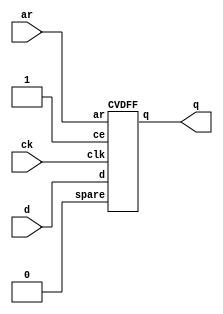
// Vanilla gates - cvgates.cv
//
// ++++++++++++++++++++++++++++++++++++++++++++++++++++++++++++++++++
// +  Verilog Source File
// ++++++++++++++++++++++++++++++++++++++++++++++++++++++++++++++++++
// +
// +  (C) 1995-2015 DJ Greaves.
// +  HPR L/S
// +  University of Cambridge, Computer Laboratory.
// +  Cambridge, UK.
// +  
// ++++++++++++++++++++++++++++++++++++++++++++++++++++++++++++++++++
// +
// +    
// + This file contains:
// +
// +   Leaf gates for CBG CSYN Verilog Compiler Version cv2 and HPR L/S library.
// +
// +
// ++++++++++++++++++++++++++++++++++++++++++++++++++++++++++++++++++
//

// library cvgates.cv


module DFF_AR(q, ck, d, ar);
  output q;
  input ck, d, ar;
  CVDFF dff(q, d, ck, 1'd1, ar, 1'b0);
 
endmodule

module DFF_CEAR(q, ck, d, ce, ar);
  output q;
  input ck, d, ar, ce;
  CVDFF dff(q, d, ck, ce, ar, 1'd0);
endmodule


/* primitive celldefine */ module CVMUX2(o, sel, e1, e0); 
  output o;
  input sel, e1, e0;
  assign #5 o = (sel) ? e1 : e0;
endmodule

/* primitive celldefine */ module CVDFF(q, d, clk, ce, ar, spare);
  output q;
  reg q;
  initial q = 0;
  input clk;         // Clock (positive edge triggered)
  input d;           // Data input
  input ce;          // Clock enable
  input ar;          // Asynchronous reset
  input spare;


  integer last_d;
  integer last_clk;

  always @(posedge clk or posedge ar) 
	if (ar) q <= #10 0; 
	else if (ce)
		begin
		if ($time - last_d < 5)
			$display("Time %t, DFF %m violated set-up time", $time);
		last_clk = $time;
		q <= #10 (d & 1);
		end 

  always @(d) 
	begin
	last_d = $time;
	if ($time - last_clk < 4)
		$display("Time %t, DFF %m violated hold time", $time);
	end

endmodule 
//
//------------------------------------------------
//
/* primitive celldefine */ module CVXOR2(o, i1,i2);
  input i1, i2;
  output o;
  assign #3 o = i1 != i2;
endmodule

/* primitive celldefine */ module CVXOR3(o, i1,i2,i3);
  input i1, i2, i3;
  output o;
  assign #2 o = (i1 != i2) != i3;
endmodule

/* primitive celldefine */ module CVXOR4(o, i1,i2,i3,i4);
  input i1, i2, i3, i4;
  output o;
  assign #2 o = (i1 != i2) != (i3 != i4);
endmodule

//
//
//------------------------------------------------
/* primitive celldefine */ module CVAND2(o, i1,i2);
  input i1, i2;
  output o;
  assign #2 o = i1 & i2;
endmodule

/* primitive celldefine */ module CVAND3(o, i1,i2,i3);
  input i1, i2, i3;
  output o;
  assign #2 o = i1 & i2 & i3;
endmodule

/* primitive celldefine */ module CVAND4(o, i1,i2,i3,i4);
  input i1, i2, i3, i4;
  output o;
  assign #2 o = i1 & i2 & i3 & i4;
endmodule

/* primitive celldefine */ module CVAND5(o, i1,i2,i3,i4,i5);
  input i1, i2, i3, i4,i5;
  output o;
  assign #2 o = i1 & i2 & i3 & i4 & i5;
endmodule
//
//------------------------------------------------
/* primitive celldefine */ module CVOR2(o, i1,i2);
  input i1, i2;
  output o;
  assign #2 o = i1 | i2;
endmodule


/* primitive celldefine */ module CVOR3(o, i1,i2,i3);
  input i1, i2, i3;
  output o;
  assign #2 o = i1 | i2 | i3;
endmodule

/* primitive celldefine */ module CVOR4(o, i1,i2,i3,i4);
  input i1, i2, i3, i4;
  output o;
  assign #2 o = i1 | i2 | i3 | i4;
endmodule

/* primitive celldefine */ module CVOR5(o, i1,i2,i3,i4,i5);
  input i1, i2, i3, i4, i5;
  output o;
  assign #2 o = i1 | i2 | i3 | i4 | i5;
endmodule
//
//
//
//------------------------------------------------

/* primitive celldefine */ module CVBUF(o, i);
  output o;
  input i;
  assign #2 o = i;
endmodule

/* primitive celldefine */ module CVBUFIF1(o, i, g);
  output reg o;
  input i, g;
  always @(i or g) if (g) #2 o = i;
endmodule
//
//
//
//------------------------------------------------
/* primitive celldefine */ module CVINV(o, i);
  output o;
  input i;
  assign #2 o = ~i;  
endmodule
//
//
//------------------------------------------------
//
//
//------------------------------------------------
/* primitive celldefine */ module LO(lo);
  output lo;
  assign lo = 0;
endmodule
//
//
//------------------------------------------------
/* primitive celldefine */ module HI(hi);
  output hi;
  assign hi = 1;
endmodule
//
//
//------------------------------------------------

module CV_INT_FL1_MULTIPLIER_US  // Fixed latency of 1, fully-pipelined, unsigned multiplier. Used from 5 to 16 bits of result width or so.
  #(parameter RWIDTH = 16,
   parameter A0WIDTH = 16,
   parameter A1WIDTH = 16,
   parameter trace_me = 0)
  (
   input 		     clk,
   input 		     reset,
  
   output [RWIDTH-1:0]   RR,
   input /*unsigned*/ [A0WIDTH-1:0] XX,
   input /*unsigned*/ [A1WIDTH-1:0] YY,
   output FAIL);
   reg /*unsigned*/ [RWIDTH-1:0] aa1, bb1;
   always @(posedge clk) begin
      aa1 <= XX;
      bb1 <= YY;
   end
   assign RR = aa1 * bb1;
   //      $display("%m  %d = %d * %d", aa1, bb1, RR);
   assign FAIL = 0; // Need to detect overflow in 'checked' mode.
endmodule
//
//
//

module CV_INT_FL2_MULTIPLIER_US  // Fixed latency of 2, fully-pipelined, unsigned multiplier.  Typically used for 16 to 32 bits.
  #(parameter RWIDTH = 32,
   parameter A0WIDTH = 32,
   parameter A1WIDTH = 32,
   parameter trace_me = 0)    
  (
   input 		     clk,
   input 		     reset,
  
   output reg [RWIDTH-1:0]   RR,
   input /*unsigned*/ [A0WIDTH-1:0] XX,
   input /*unsigned*/ [A1WIDTH-1:0] YY,
   output FAIL);

   reg /*unsigned*/ [A0WIDTH-1:0] 	  aa1;
   reg /*unsigned*/ [A1WIDTH-1:0] 	  bb1;   


   always @(posedge clk) begin
      aa1 <= XX;
      bb1 <= YY;
      RR <= aa1 * bb1;
//      $display("%m  %d = %d * %d", aa1, bb1, RR);
   end
   assign FAIL = 0;
   
endmodule
//
//
module CV_INT_FL3_MULTIPLIER_US  // Fixed latency of 2, fully-pipelined, unsigned multiplier.  Typically used for 16 to 32 bits.
  #(parameter RWIDTH = 32,
   parameter A0WIDTH = 32,
   parameter A1WIDTH = 32,
   parameter trace_me = 0)    
  (
   input 		     clk,
   input 		     reset,
  
   output reg [RWIDTH-1:0]   RR,
   input /*unsigned*/ [A0WIDTH-1:0] XX,
   input /*unsigned*/ [A1WIDTH-1:0] YY,
   output FAIL);

   reg /*unsigned*/ [A0WIDTH-1:0] 	  aa1;
   reg /*unsigned*/ [A1WIDTH-1:0] 	  bb1;   
   reg /*unsigned*/ [RWIDTH-1:0] 	  rr0;   

   always @(posedge clk) begin
      aa1 <= XX;
      bb1 <= YY;
      rr0 <= aa1 * bb1;
      RR <= rr0;
//      $display("%m  %d = %d * %d", aa1, bb1, RR);
   end
   assign FAIL = 0;
   
endmodule
//
//
//
module CV_INT_FL1_MULTIPLIER_S  // Fixed latency of 1, fully-pipelined, signed multiplier. Used from 5 to 16 bits of result width or so.
  #(parameter RWIDTH = 16,
    parameter A0WIDTH = 16,
    parameter A1WIDTH = 16,
    parameter trace_me = 0)
  (
   input 		     clk,
   input 		     reset,
  
   output signed [RWIDTH-1:0] RR,
   input signed [A0WIDTH-1:0] XX,
   input signed [A1WIDTH-1:0] YY,
   output FAIL);

   reg signed [A0WIDTH-1:0] 	  aa1;
   reg signed [A1WIDTH-1:0] 	  bb1;   



   always @(posedge clk) begin
      aa1 <= XX;
      bb1 <= YY;
      if (trace_me) $display("%m  %d * %d -> %d", aa1, bb1, RR);
   end
   assign RR = aa1 * bb1;

   assign FAIL = 0;
endmodule
//
//
//
module CV_INT_FL2_MULTIPLIER_S  // Fixed latency of 2, fully-pipelined, signed multiplier.  Typically used for 16 to 32 bits.
  #(parameter RWIDTH = 32,
    parameter A0WIDTH = 32,
    parameter A1WIDTH = 32,
    parameter trace_me = 0)    
  (
   input 		     clk,
   input 		     reset,
  
   output reg signed [RWIDTH-1:0] RR,

   input signed [A0WIDTH-1:0] XX,
   input signed [A1WIDTH-1:0] YY,
   output FAIL); // Overflow FAIL for use in checked mode.

   reg signed [A0WIDTH-1:0] 	  aa1;
   reg signed [A1WIDTH-1:0] 	  bb1;   


   always @(posedge clk) begin
      aa1 <= XX;
      bb1 <= YY;
      RR <= aa1 * bb1; // Asterisk will be automatically replaced by modern FPGA tool flows.
      if (trace_me) $display("%m  %d * %d = X(%d)", aa1, bb1, RR);
   end

   assign FAIL = 0;
endmodule



module CV_INT_FL3_MULTIPLIER_S  // Fixed latency of 3, fully-pipelined, signed multiplier.  Typically used for 16 to 32 bits on Xilinx. Altera is quicker?
  #(parameter RWIDTH = 32,
    parameter A0WIDTH = 32,
    parameter A1WIDTH = 32,
    parameter trace_me = 0)    
  (
   input 		     clk,
   input 		     reset,
  
   output reg signed [RWIDTH-1:0] RR,

   input signed [A0WIDTH-1:0] XX,
   input signed [A1WIDTH-1:0] YY,
   output FAIL); // Overflow FAIL for use in checked mode.

   reg 	signed [A0WIDTH-1:0] 	  aa1;
   reg  signed [A1WIDTH-1:0] 	  bb1;   
   reg  signed [RWIDTH-1:0] 	  r0;

   always @(posedge clk) begin
      aa1 <= XX;
      bb1 <= YY;
      r0 <= aa1 * bb1; // Asterisk will be automatically replaced by modern FPGA tool flows.
      RR <= r0;
      if (trace_me) $display("%m  %d * %d = X(%d)", aa1, bb1, RR);
   end

   assign FAIL = 0;
endmodule



module CV_INT_FL5_MULTIPLIER_S  // Fixed latency of 5, fully-pipelined, signed multiplier.  Typically used for 64 bits or so.
  #(parameter RWIDTH = 32,
    parameter A0WIDTH = 32,
    parameter A1WIDTH = 32,
    parameter trace_me = 0)        
  (
   input 		     clk,
   input 		     reset,
  
   output reg signed [RWIDTH-1:0]   RR,
   input signed [A0WIDTH-1:0] XX,
   input signed [A1WIDTH-1:0] YY,
   output FAIL); // Overflow error for use in checked mode in future...

   reg signed [RWIDTH-1:0] 	  aa1, bb1;
   reg signed [RWIDTH-1:0] 	  mid0, mid1, mid2;

   always @(posedge clk) begin
      aa1 <= XX; // This assign will sign extend when RR is wider.
      bb1 <= YY;
      mid0 <= aa1 * bb1; // Asterisk will be replaced by FPGA synthesiser.
      if (trace_me) $display("%m signed multiplier %d * %d --> %d", aa1, bb1, RR);

      mid1 <= mid0;
      mid2 <= mid1;
      RR <= mid2;
   end

   assign error = 0;
endmodule


module CV_INT_FL5_MULTIPLIER_US  // Fixed latency of 5, fully-pipelined, un-signed multiplier.  Typically used for 64 bits or so.
  #(parameter RWIDTH = 32,
    parameter A0WIDTH = 32,
    parameter A1WIDTH = 32,
    parameter trace_me = 0)        
  (
   input 		     clk,
   input 		     reset,
  
   output reg [RWIDTH-1:0]   RR,
   input [A0WIDTH-1:0] XX,
   input [A1WIDTH-1:0] YY,
   output FAIL); // Overflow error for use in checked mode. Not currently driven.

   reg [RWIDTH-1:0] 	  aa1, bb1;
   reg [RWIDTH-1:0] 	  mid0, mid1, mid2;

   always @(posedge clk) begin
      aa1 <= XX;
      bb1 <= YY;
      mid0 <= aa1 * bb1; // Asterisk will be automatically replaced by modern FPGA tool flows using DSP slices and so on.
      if (trace_me) $display("%m unsigned multiplier 0x%h * 0x%h -> X(0x%h)", aa1, bb1, mid0);

      mid1 <= mid0;
      mid2 <= mid1;
      RR <= mid2;
   end

   assign error = 0;
endmodule


module CV_INT_FL1_ADDER  // Fixed latency of 1, fully-pipelined, adder with signed and unsigned overflow outputs.
  #(parameter RWIDTH = 32,
   parameter A0WIDTH = 32,
   parameter A1WIDTH = 32,
   parameter trace_me = 0)            
   
  (
   input 	       clk,
   input 	       reset,
  
   output [RWIDTH-1:0] RR,
   input [A0WIDTH-1:0]  XX,
   input [A1WIDTH-1:0]  YY,
   output 	       unsigned_ovf, // Overflow errors for use in checked mode.
   output 	       signed_error); 

   reg [RWIDTH-1:0] 	  aa1, bb1;

   always @(posedge clk) begin
      aa1 <= XX;
      bb1 <= YY;
   end

   assign unsigned_ovf = ({1'b0, aa1} + {1'b0, bb1}) >> RWIDTH;
   assign signed_ovf = (aa1[A0WIDTH-1] && bb1[A1WIDTH-1] && !RR[RWIDTH-1]) ||
		       (!aa1[A0WIDTH-1] && !bb1[A1WIDTH-1] && RR[RWIDTH-1]);
   assign RR = aa1 + bb1; 
//      $display("%m FL1 adder %d = %d * %d", aa1, bb1, RR);


   assign error = 0;
endmodule


// This is a fixed-latency divider whose latency is the word width.
// It is not fully-pipelined.
// It is slower for typical use than the standard preshifting divider but has better worst case delay by a factor of two.
// You could run this in parallel with the variable-latency divider and return the earlier result while abending the partner.
// The latency is the result precision, roughly, but this needs checking!
module CV_INT_FL_DIVIDER_US // slower_on_average than vari-latency.
  #(parameter RWIDTH = 32,
    parameter NWIDTH = 32,
    parameter DWIDTH = 32,
    parameter trace_me=0,
    parameter divmod = 1)
   (
    input 		    clk,
    input 		    reset,
    output reg 		    rdy,
    input 		    REQ,

    
    output [RWIDTH-1:0] RR,
    input [NWIDTH-1:0] 	    NN,
    input [DWIDTH-1:0] 	    DD,
    output reg 		    FAIL);

   reg [DWIDTH-1:0] 	    dd;
   reg [NWIDTH-1:0] 	    pp;
   reg [RWIDTH-1:0] 	    qq, nnh, nnl;      
   
   reg phase;

   assign RR = (divmod) ? qq : nnh; // Select quotient or remainder as output.
   
   always @(posedge clk) begin
     rdy <= 0; // Gets overwritten.

     if (REQ && phase != 0) begin
	$display("%t: cvgates: %m +++ START REQ WHILE BUSY", $time);
	FAIL <= 1; // Complain via this error msg.
	end

     
     if (reset) begin
	phase <= 0;
	FAIL <= 0;
     end
     
     else case (phase)
	    0:begin  // Inputs are accepted on the REQ cycle.
	       if (REQ) begin
		  qq <= 0;                     
		  dd <= DD;
		  nnl <= NN;
		  nnh <= 0;
		  if (dd == 0) begin
		     FAIL <= 1; // Sticky until reset for now
		     phase <= 0; // div by zero error;
		  end
		  else begin
 		     if (trace_me) $display("divider: init nn=0x%1h dd=0x%1h qq=0x%1h", nnl, dd, qq);
		     pp <= 1 << (RWIDTH-1);
		     phase <= 1;
		  end
		  if (trace_me) $display("%t: cvgates: %m start divide %d/%d", $time, NN, DD);
               end
	    end // case: 0
	    
	    1:begin
	       pp <= pp >> 1;
	       { nnh, nnl } = { nnh, nnl } << 1;
	       if (nnh >= dd) begin	 
		  nnh = nnh - dd;
		  qq <= qq | pp;
	       end


	       if (pp == 1) begin
		  phase <= 0;
		  rdy <= 1;
	       end

	       if (trace_me)  $display("%1t, %m: cvgates divider: pp=%8h nnh=%8h nnl=%8h dd=%8h  qq=%8h", $time, pp, nnh, nnl, dd, qq);

	    end
	    
	  endcase
     end

endmodule



// Variable-latency ALUs. VLA protocol. VLA-IHN-OHY
// Handshake is HFAST1:
//    New input args are latched on a cycle where REQ is asserted. REQ should just be asserted for one cycle but will, in any case, be ignored if asserted when the unit is busy.
//    Results are ready on the outputs during the cycle when rdy is asserted, which will be just one cycle in response to a REQ.
//    It is allowed to assert REQ in a cycle when the unit is driving rdy from the previous operation.
//    The output value, once live, remains valid until another operation starts (the cycle after a cycle where REQ holds).
//    No combinational path between inputs and outputs, including {\tt REQ} and {\tt rdy}, is allowed inside the component.
//
// 32-bit (by default) integer divider. unsigned.  Radix 2 - Prefer Radix 4 perhaps.
// 
// 

module CV_INT_VL_DIVIDER_US
  #(parameter RWIDTH = 32,
    parameter NWIDTH = 32,
    parameter DWIDTH = 32,
    parameter trace_me=0)
   (
    input 		clk,
    input 		reset,
    input 		REQ,
    output 		ACK,

    
    output [RWIDTH-1:0] RR,
    input [NWIDTH-1:0] 	NN,
    input [DWIDTH-1:0] 	DD,
    output 		FAIL);

   CV_INT_VL_DIVMOD_US  // unsigned core instance.
     #(1, // Pass 1 to divmod for divide
       RWIDTH, NWIDTH, DWIDTH, trace_me)
   corat
     (
      .clk(clk),      .reset(reset),
      .ACK(ACK),      .REQ(REQ),

      
      .RR(RR),
      .NN(NN),
      .DD(DD),
      .FAIL(FAIL));
   
endmodule

module CV_INT_VL_MODULUS_US
  #(parameter RWIDTH = 32,
    parameter NWIDTH = 32,
    parameter DWIDTH = 32,
    parameter trace_me=0)
   (
    input 		clk,
    input 		reset,
    output 		ACK,
    input 		REQ,
    
    output [RWIDTH-1:0] RR,
    input [NWIDTH-1:0] 	NN,
    input [DWIDTH-1:0] 	DD,
    output  		FAIL);

   CV_INT_VL_DIVMOD_US  // unsigned core instance.
     #(0, // Pass 1 to divmod for modulus
       RWIDTH, NWIDTH, DWIDTH, trace_me)
   corat
     (
      .clk(clk),
      .reset(reset),
      .REQ(REQ),
      .ACK(ACK),
      
      .RR(RR),
      .NN(NN),
      .DD(DD),
      .FAIL(FAIL));
   
endmodule

// 32-bit (by default) integer divider. Signed.
// Inputs are accepted on the REQ cycle.  ACK holds for one cycle when the answer is ready. REQ can then be asserted during the ACK cycle for new computation.
module CV_INT_VL_MODULUS_S
  #(parameter RWIDTH = 32,
   parameter NWIDTH = 32,
   parameter DWIDTH = 32,
   parameter trace_me=0)
  (
  input 		     clk,
  input 		     reset,
  output 		     ACK, //  Result ready.
  input 		     REQ, //  REQuest new operation starts. 
  output signed [RWIDTH-1:0] RR,
  input signed [NWIDTH-1:0]  NN,
  input signed [DWIDTH-1:0]  DD,
  output 		     FAIL);

   
   // Instantiate an unsigned mod unit with sign correction rules around it.
   // It has the same width so that it can handle abs(MININT).
  reg sign;
   
   always @(posedge clk) 
     if (reset) sign <= 0;
     else if (REQ) sign <= NN[NWIDTH-1] ^ DD[DWIDTH-1];
   
   wire [RWIDTH-1:0] rr_unsigned; 
   wire [NWIDTH-1:0] corat_nn = NN[NWIDTH-1] ? 0-NN: NN; 
   wire [DWIDTH-1:0] corat_dd = DD[DWIDTH-1] ? 0-DD: DD;

   assign RR = (sign) ? 0-rr_unsigned: rr_unsigned;

  // We want the same behaviour as dotnet or C# for integer division with one argument negative.  This is round towards zero.
   
   CV_INT_VL_MODULUS_US  // unsigned core instance.
     #(RWIDTH, NWIDTH, DWIDTH, trace_me)
   corat
     (
      .clk(clk),
      .reset(reset),
      .REQ(REQ),
      .ACK(ACK),
      
      .RR(rr_unsigned),
      .NN(corat_nn),
      .DD(corat_dd),
      .FAIL(FAIL));
     

endmodule



// Variable-latency integed ivider or modulus unit. 
module CV_INT_VL_DIVMOD_US
  #(parameter divmod = 1,
    parameter RWIDTH = 32,
    parameter NWIDTH = 32,
    parameter DWIDTH = 32,
    parameter trace_me=0)
   (
    input 		clk,
    input 		reset,
    output reg 		ACK,
    input 		REQ,

    
    output [RWIDTH-1:0] RR,
    input [NWIDTH-1:0] 	NN,
    input [DWIDTH-1:0] 	DD,
    output reg 		FAIL);
   
   reg [RWIDTH-1:0] 	rr;
   reg [DWIDTH-1:0] 	dd;   
   reg [NWIDTH-1:0] 	pp, nn;   
   
   reg [1:0] 		phase;

   parameter radix = 2; // Radix 4 seems to help very little in reality.
   
   assign RR = (divmod) ? rr : nn; // Select quotient or remainder as output.

   reg 			sixteen, eight;
   reg 			    c0, c1, c2;
   reg [1:0] 		    r4r;
  always @(posedge clk) begin
     ACK <= 0; // Gets overwritten.

     if (REQ && phase != 0) begin
	$display("%t: cvgates: %m +++ START REQ WHILE BUSY", $time);
	FAIL <= 1; // Complain about REQuest when already busy.
	end
     
     if (reset) begin
	phase <= 0;
	FAIL <= 0;
	sixteen <= 0;
	eight <= 0;
     end
     
     else case (phase)
	    0:begin  // Inputs are accepted on the REQ cycle.
	       if (REQ) begin
		  phase <= 1;
		  pp <= 1;
		  dd <= DD;
		  nn <= NN;
		  //sixteen <= (DWIDTH > 16 && DD[DWIDTH-1:16]==0) && (NWIDTH > 16 && NN[DWIDTH-1:16]==0);
		  
		  rr <= 0;
		  if (trace_me) $display("%t: cvgates: %m start divide %d/%d", $time, NN, DD);
               end
	    end // case: 0
	    
	    1:begin // Preshift.
	       if (dd == 0) begin
		  FAIL <= 1;
		  phase <= 0; // div by zero error;
	       end
	       
	       if (dd==1) begin
		  ACK <= 1;
		  rr <= nn;
		  nn <= 0;
		  phase <= 0; // divide by one shortcut (tests more situations even if not worthwhile performancewise).
	       end

	       if (dd[NWIDTH-1] || dd >= nn) phase <= 2;
//	       else if (0 && !dd[NWIDTH-1:NWIDTH-8]) begin 
//		  dd <= dd << 7;
//		  pp <= pp << 7;
//	       end
	       else begin 
		  dd <= dd << 1;
		  pp <= pp << 1;
	       end
	    end
	    
	    2:begin  
	       if (trace_me) $display("%t: cvgates: %m divide step nn=%1h dd=%1h rr=%1h pp=%1h", $time, nn, dd, rr, pp);      
	       if (radix == 4 && pp >=2) begin
		  c0 = nn >= (dd - dd / 2);
		  c1 = nn >= dd;
		  c2 = nn >= (dd + dd / 2);
		  rr <= rr | ((c2) ? (pp+pp/2): (c1)?pp: (c0)?(pp/2): 0);
		  nn <= nn - ((c2) ? (dd+dd/2): (c1)?dd: (c0)?(dd/2): 0);
		  dd <= dd >> 2;
		  pp <= pp >> 2;
		  //$display("%m: radix4 op c=%1d%1d%1d dd=%1d pp=%1d", c0, c1, c2, dd, pp);
	       end
	       else begin
		  if (nn >= dd) begin	 
		     rr <= rr | pp;
		     nn <= nn - dd;
		  end
		  dd <= dd >> 1;
		  pp <= pp >> 1;
	       end // else: !if(radix == 4 && pp >=2)
	       if (pp == 1) begin
		  if (trace_me) $display("%t: cvgates: %m divide ready ans = %d", $time, rr);      		
		  phase <= 0;
		  ACK <= 1;
	       end

	    end
	    
	  endcase
     end

endmodule
//

// 32-bit (by default) integer divider. Signed.
// HFAST1 - maximum of one job outstanding.
// Inputs are accepted on the REQ cycle.  ACK holds for one cycle when the answer is ready. REQ can then be asserted during the ACK cycle for new computation.
module CV_INT_VL_DIVIDER_S
  #(parameter RWIDTH = 32,
   parameter NWIDTH = 32,
   parameter DWIDTH = 32,
   parameter trace_me=0)
  (
  input 		     clk,
  input 		     reset,
  output 		     ACK, //  Result ready.
  input 		     REQ, //  REQuest new operation starts. 
  output signed [RWIDTH-1:0] RR,
  input signed [NWIDTH-1:0]  NN,
  input signed [DWIDTH-1:0]  DD,
  output 		     FAIL);

   
   // Instantiate an unsigned divider with sign correction rules around it.
   // It has the same width so that it can handle abs(MININT).
  reg sign;
   
   always @(posedge clk) 
     if (reset) sign = 0;
     else if (REQ) sign <= NN[NWIDTH-1] ^ DD[DWIDTH-1];
   
   wire [RWIDTH-1:0]  rr_unsigned; 
   wire [NWIDTH-1:0] corat_nn = NN[NWIDTH-1] ? 0-NN: NN; 
   wire [DWIDTH-1:0] corat_dd = DD[DWIDTH-1] ? 0-DD: DD;

   assign RR = (sign) ? 0-rr_unsigned: rr_unsigned;

  // We want the same behaviour as dotnet or C# for integer division with one argument negative.  This is round towards zero.
   
   CV_INT_VL_DIVIDER_US  // unsigned core instance.
     #(RWIDTH, NWIDTH, DWIDTH, trace_me)
   corat
     (
      .clk(clk), .reset(reset),
      .ACK(ACK), .REQ(REQ),
     
      .RR(rr_unsigned),
      .NN(corat_nn),
      .DD(corat_dd),
      .FAIL(FAIL));
     

endmodule
//
//


// ---------------------------------------------------------------------------------------------------------------
// RAMs
/*
The HPR CV_IP0 library provides some definitions of RAMs in cvgates.
These are all single-laned at the moment.  The alternative to having them is for the
FPGA tools to infer RAMs directly from the RTL output from
verilog_gen, which should work just as well in terms of efficiency and
performance, but they are provided and used instead for several reasons:

    a) When simulating the RTL, it is handy to have a level of hierarchy in the viewer and netlist browser.

    b) Using explicit component instances assists with layout and area budget computation.

    c) Using explicit component instances allows the code inside the
       definitions to be manually coded in a style that matches the known
       RAM-inference rules of the logic synthesiser and provides a site for
       any manual manual markup with packing, positioning and other pragmas
       (distributed versus block) etc of the data array to match particular
       back-end preferences. Alternatively, RAM-inferencing in these
       definitions need not be used at all and they instead might use
       structural instances via vendor blocks such as Virtex 7 BRAM_SINGLE_MACRO.

    d) RTL output via verilog_gen is not always part of the recipe where RAMs are needed

    e) For multiple write lanes in the future, laned versions of the
       library blocks will be needed. Note that the Virtex 7 seems to support
       up to 8 lanes in its BRAM_SINGLE_MACRO.  But does this really do
       anything on Virtex 7 different from using multiple independent RAMs
       that have their address busses commoned?
*/	       

// Synchronous Static RAM SSRAM.   
// Single-ported, zero latency (combinational)  read SSRAM.
module CV_SP_SSRAM_FL0 #(
   parameter DATA_WIDTH = 32,
   parameter ADDR_WIDTH = 10,
   parameter WORDS = 1024,
   parameter LANE_WIDTH = 32,
   parameter trace_me=0)
   (
   input 			     clk,
   input 			     reset,
   output [DATA_WIDTH-1:0] 	     rdata,
   input [ADDR_WIDTH-1:0] 	     addr,
   input [DATA_WIDTH/LANE_WIDTH-1:0] wen,
   input 			     ren,
   input [DATA_WIDTH-1:0] 	     wdata);

   parameter n_lanes = DATA_WIDTH/LANE_WIDTH;
   
   reg [DATA_WIDTH-1:0] data_array [WORDS-1:0];

   assign rdata = data_array[addr];

   generate
     genvar i;
     for (i = 0; i < n_lanes; i = i+1) begin
       always @(posedge clk) 
       if (wen[i]) begin
	  if (trace_me) $display("%t,%m: Lane %1d: Write [%1d] := %1d",  $time, i, addr, wdata[(i+1)*LANE_WIDTH-1:i*LANE_WIDTH]);
	  data_array[addr][(i+1)*LANE_WIDTH-1:i*LANE_WIDTH] <= wdata[(i+1)*LANE_WIDTH-1:i*LANE_WIDTH];
	  end
       end
   endgenerate

endmodule


// Synchronous Static RAM SSRAM.   
// Single-ported, fixed latency of one-cycle read SSRAM.
// For writes: data, address, lanes and wen are all presented in a common clock cycle and are 'posted' in that there is no response.
// For reads: address and ren are presented in one clock cycle and the data out appears, fully-pipelined, FLn cycles later.
module CV_SP_SSRAM_FL1 #(
   parameter DATA_WIDTH = 32,
   parameter ADDR_WIDTH = 10,
   parameter WORDS = 1024,
   parameter LANE_WIDTH = 32,
   parameter trace_me=0)
   (
   input 			     clk,
   input 			     reset,
   output reg [DATA_WIDTH-1:0] 	     rdata,
   input [ADDR_WIDTH-1:0] 	     addr,
   input [DATA_WIDTH/LANE_WIDTH-1:0] wen,
   input 			     ren,
   input [DATA_WIDTH-1:0] 	     wdata);

   parameter n_lanes = DATA_WIDTH/LANE_WIDTH;
   
   reg [DATA_WIDTH-1:0] data_array [WORDS-1:0];

   always @(posedge clk) begin
     if (ren) begin
	rdata <= data_array[addr];
	if (trace_me) $display("%1t, %m: Read a=0x%1h, d=0x%1h", $time, addr, data_array[addr]);
     end
   end

   generate
     genvar i;
     for (i = 0; i < n_lanes; i = i+1) begin
       always @(posedge clk) 
       if (wen[i]) begin
	  if (trace_me) $display("%t,%m: Lane %1d: Write [%1d] := %1d",  $time, i, addr, wdata[(i+1)*LANE_WIDTH-1:i*LANE_WIDTH]);
	  data_array[addr][(i+1)*LANE_WIDTH-1:i*LANE_WIDTH] <= wdata[(i+1)*LANE_WIDTH-1:i*LANE_WIDTH];
	  end
       end
   endgenerate

endmodule

// The RAMs and FIFOs (in future) should really be in their own file.

// Synchronous Static RAM SSRAM.   
// Dual-ported, fixed latency of one-cycle read SSRAM.
// For writes: data, address, lanes and wen are all presented in a common clock cycle and are 'posted' in that there is no response.
// For reads: address and ren are presented in one clock cycle and the data out appears, fully-pipelined, FLn cycles later.
module CV_2P_SSRAM_FL1 #(
   parameter DATA_WIDTH = 32,
   parameter ADDR_WIDTH = 10,
   parameter WORDS = 1024,
   parameter LANE_WIDTH = 32,
   parameter trace_me=0)
   (
   input 			     clk,         // TODO this clock should be part of the port for a future domain crossing variant.
   input 			     reset,

    // Port 0
   output reg [DATA_WIDTH-1:0] 	     rdata0,
   input [ADDR_WIDTH-1:0] 	     addr0,
   input [DATA_WIDTH/LANE_WIDTH-1:0] wen0,
   input 			     ren0,
   input [DATA_WIDTH-1:0] 	     wdata0,

    // Port 1
   output reg [DATA_WIDTH-1:0] 	     rdata1,
   input [ADDR_WIDTH-1:0] 	     addr1,
   input [DATA_WIDTH/LANE_WIDTH-1:0] wen1,
   input 			     ren1,
   input [DATA_WIDTH-1:0] 	     wdata1);

   parameter n_lanes = DATA_WIDTH/LANE_WIDTH;
   
   reg [DATA_WIDTH-1:0] data_array [WORDS-1:0];

   always @(posedge clk) begin
     if (ren0) begin
	rdata0 <= data_array[addr0];
	if (trace_me) $display("%1t, %m: Read a=0x%1h, d=0x%1h", $time, addr0, data_array[addr0]);
     end
      
      if (ren1) begin
	 rdata1 <= data_array[addr1];
	 if (trace_me) $display("%1t, %m: Read a=0x%1h, d=0x%1h", $time, addr1, data_array[addr1]);
	 
      end
   end

   generate
     genvar i;
     for (i = 0; i < n_lanes; i = i+1) begin
       always @(posedge clk) begin
	  if (wen0[i] && wen1[i] && addr0 == addr1) $display("%1t, %m: Warning - both ports write to same address 0x%1h lane %1d",$time, addr0, i);

	  if (wen0[i]) begin
	     if (trace_me) $display("%t,%m: Lane %1d: Write [%1d] := %1d",  $time, i, addr0, wdata0[(i+1)*LANE_WIDTH-1:i*LANE_WIDTH]);
	     data_array[addr0][(i+1)*LANE_WIDTH-1:i*LANE_WIDTH] <= wdata0[(i+1)*LANE_WIDTH-1:i*LANE_WIDTH];
	  end
	  
	  if (wen1[i]) begin
	     if (trace_me) $display("%t,%m: Lane %1d: Write [%1d] := %1d",  $time, i, addr1, wdata1[(i+1)*LANE_WIDTH-1:i*LANE_WIDTH]);
	     data_array[addr1][(i+1)*LANE_WIDTH-1:i*LANE_WIDTH] <= wdata1[(i+1)*LANE_WIDTH-1:i*LANE_WIDTH];
	  end
       end
     end
   endgenerate

endmodule



// end of cvgates.cv